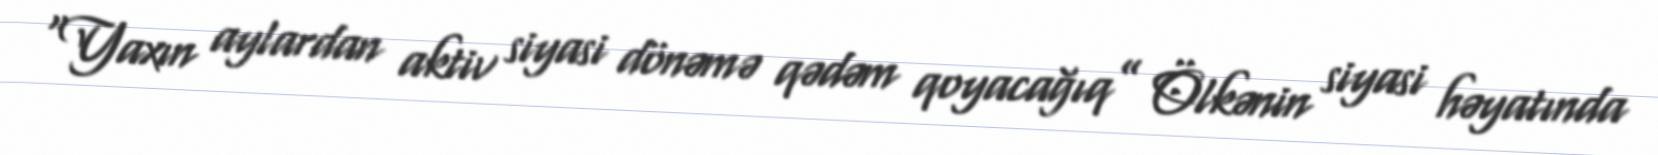
“Yaxın aylardan aktiv siyasi dönəmə qədəm qoyacağıq” Ölkənin siyasi həyatında